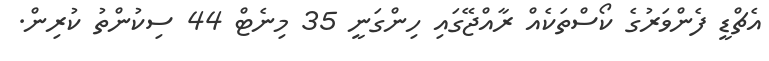
އެޗްޑީ ފެންވަރުގެ ކޯސްތަކެއް ރާއްޖޭގައި ހިންގަނީ 35 މިނެޓް 44 ސިކުންތު ކުރިން.